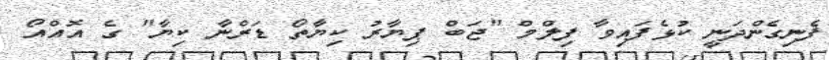
ފެނިގެންދަނީ ކުޅެފައިވާ ފިލްމް "ޖަބް ޕިޔާރު ކިޔާތޯ ޑަރްނާ ކިޔާ" ގެ އޮއްއޯ